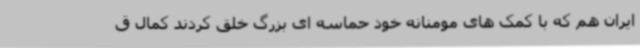
ایران هم که با کمک های مومنانه خود حماسه ای بزرگ خلق کردند کمال ق